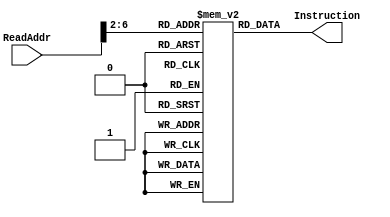
module InstructionMemory( 
 // input [31:0] pc,
  input  [63:0]ReadAddr,
  output [31:0] Instruction );

  parameter delay_t = 5;

  reg [31:0] Memory [0:31];
  
  initial
	  #delay_t
	begin
		Memory[0]    = 32'h8b1f03e5;
		Memory[1]    = 32'hf84000a4;
		Memory[2]    = 32'h8b040086;
       	 	Memory[3]    = 32'hf80010a6;
	end

       assign Instruction = Memory[ReadAddr[31:2]];
	 
endmodule